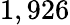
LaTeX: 1,926